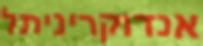
אנדוקריניתל